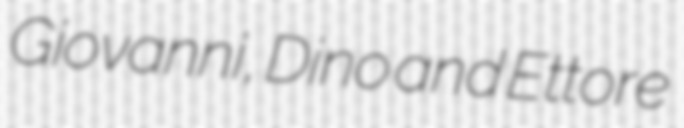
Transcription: Giovanni, Dino and Ettore